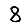
Digit: 8